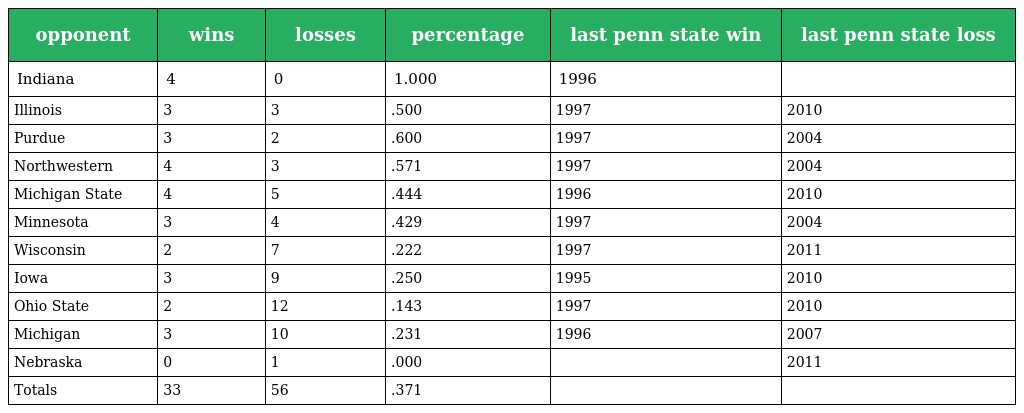
| opponent | wins | losses | percentage | last penn state win | last penn state loss |
 | --- | --- | --- | --- | --- | --- |
 | Indiana | 4 | 0 | 1.000 | 1996 |  |
 | Illinois | 3 | 3 | .500 | 1997 | 2010 |
 | Purdue | 3 | 2 | .600 | 1997 | 2004 |
 | Northwestern | 4 | 3 | .571 | 1997 | 2004 |
 | Michigan State | 4 | 5 | .444 | 1996 | 2010 |
 | Minnesota | 3 | 4 | .429 | 1997 | 2004 |
 | Wisconsin | 2 | 7 | .222 | 1997 | 2011 |
 | Iowa | 3 | 9 | .250 | 1995 | 2010 |
 | Ohio State | 2 | 12 | .143 | 1997 | 2010 |
 | Michigan | 3 | 10 | .231 | 1996 | 2007 |
 | Nebraska | 0 | 1 | .000 |  | 2011 |
 | Totals | 33 | 56 | .371 |  |  |